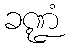
ခဏ္ဍံ